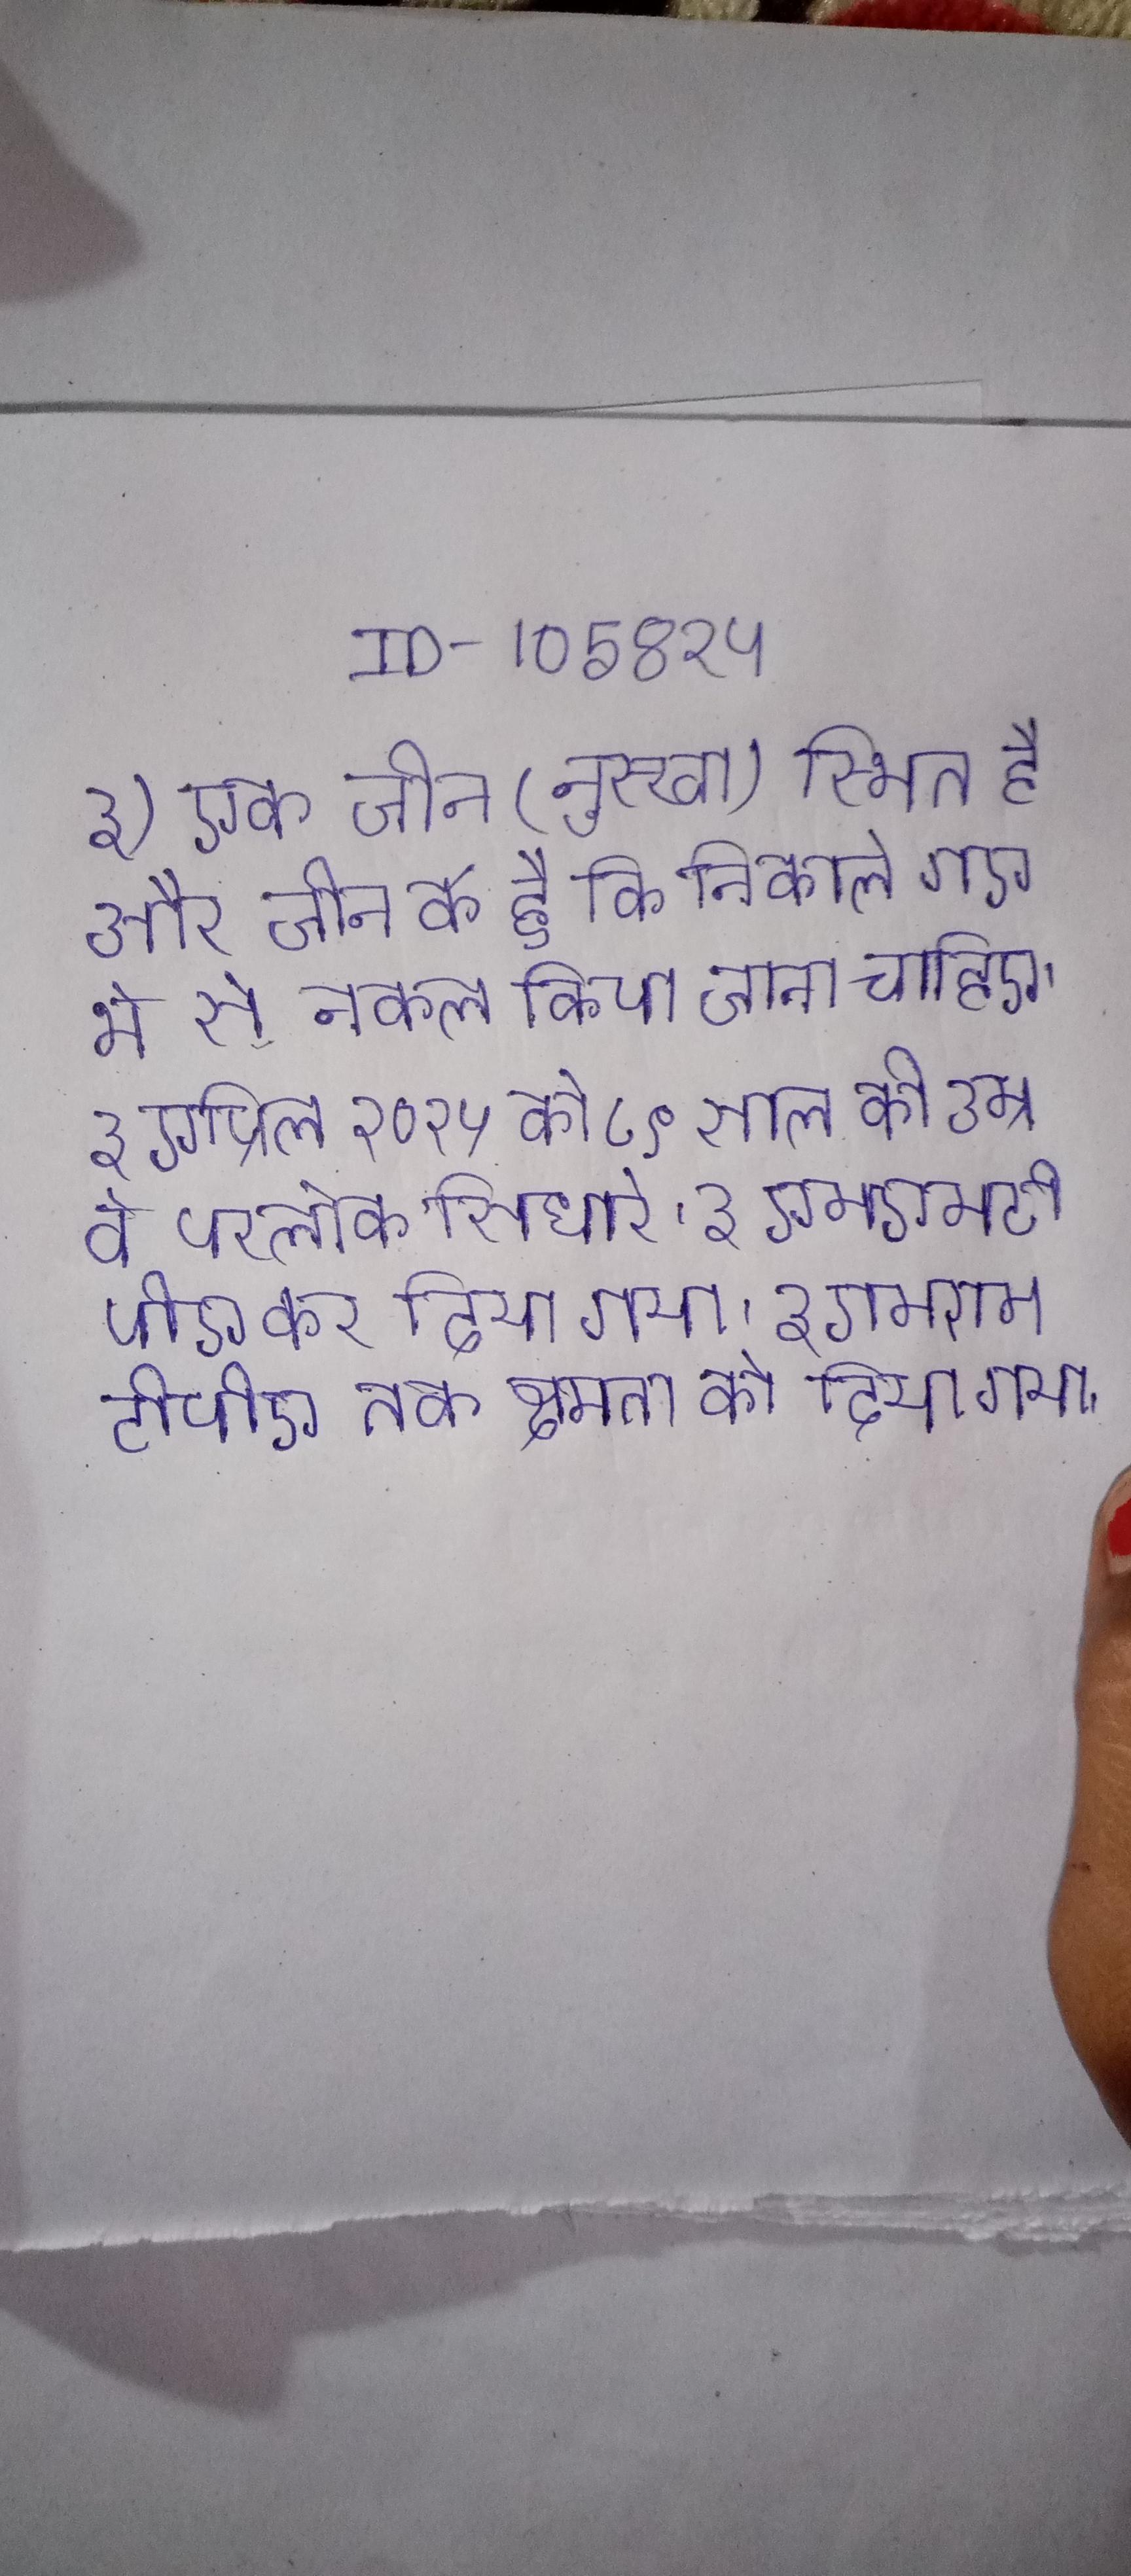
३) एक जीन (नुस्खा) स्थित है और जीन के है कि निकाले गए थे से नकल किया जाना चाहिए । ३ एप्रिल २०१५ को ८९ साल की उम्र वे परलोक सिधारे । ३ एमएमटीपीए कर दिया गया । ३ एमएमटीपीए तक क्षमता को दिया गया ।